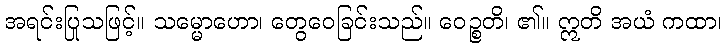
အရင်းပြုသဖြင့်။ သမ္မောဟော၊ တွေဝေခြင်းသည်။ ဝေဉ္စတိ၊ ၏။ ဣတိ အယံ ကထာ၊